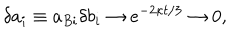
LaTeX: \delta a _ { i } \equiv a _ { B i } \delta b _ { i } \to e ^ { - 2 \kappa t / 3 } \to 0 ,